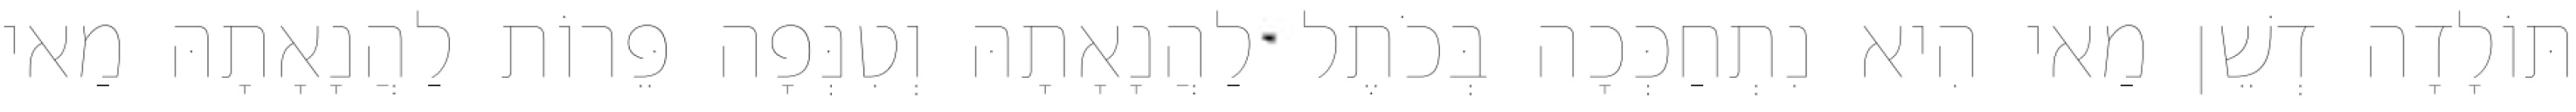
תּוֹלָדָה דְשֵׁן מַאי הִיא נִתְחַכְּכָה בְּכֹתֶל לַהֲנָאָתָהּ וְטִנְּפָה פֵּרוֹת לַהֲנָאָתָהּ מַאי